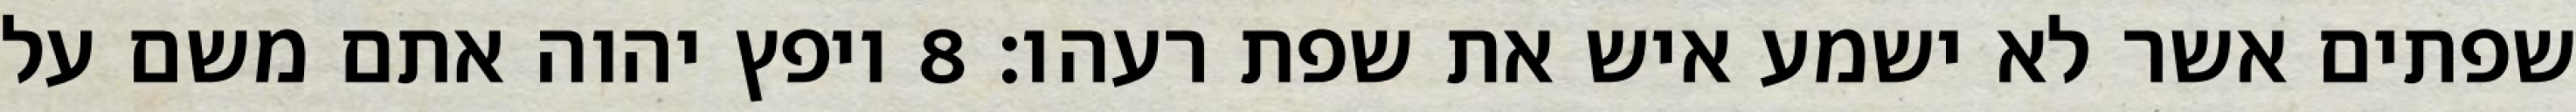
שפתים אשר לא ישמע איש את שפת רעהו׃ ‎8‏ ויפץ יהוה אתם משם על